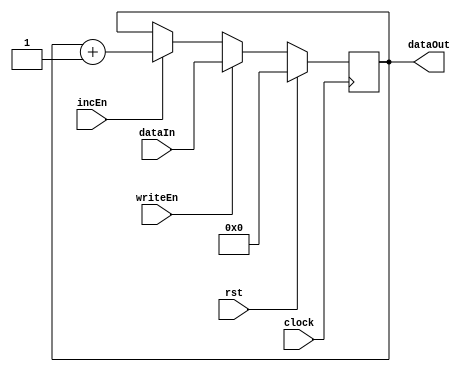
module incRegister 
#(parameter WIDTH = 12 )  //default size of a register is 12
(
    input [WIDTH-1:0]dataIn,
    input writeEn,rst,clock,incEn,
    output [WIDTH-1:0]dataOut
);

reg [WIDTH-1:0]value;

always @(posedge clock) begin
    if (rst)
        value <= 0;
    else if (writeEn)
        value <= dataIn;
    else if (incEn)
        value <= value + 1'b1;
end

assign dataOut = value;

endmodule //incRegister